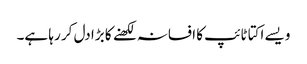
ویسے اکتا ٹائپ کا افسانہ لکھنے کا بڑا دل کر رہا ہے۔